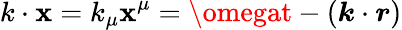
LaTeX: k\cdot\mathbf{x}=k_{\mu}\mathbf{x}^{\mu}=\omegat-(\boldsymbol{k}\cdot\boldsymbol{r})